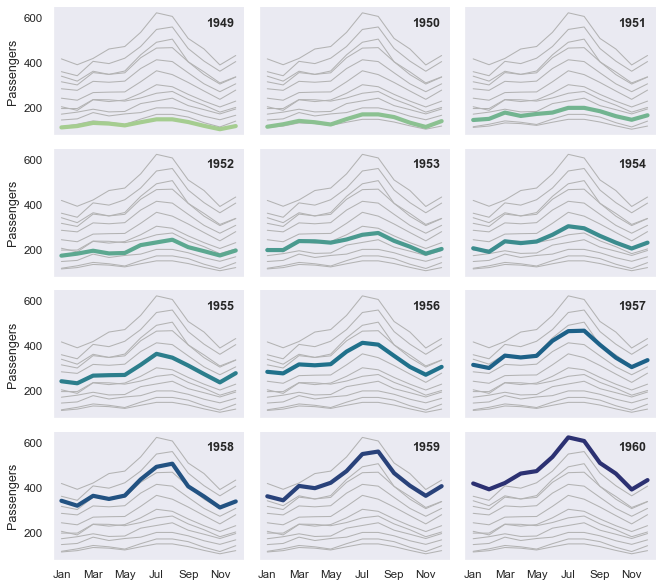
python, seaborn, relplot, lineplot